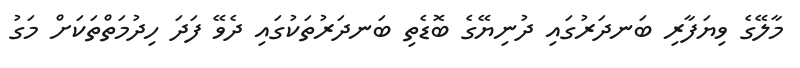
މާލޭގެ ވިޔަފާރި ބަނދަރުގައި ދުނިޔޭގެ ބޮޑެތި ބަނދަރުތަކުގައި ދެވޭ ފަދަ ހިދުމަތްތަކަށް މަގު